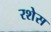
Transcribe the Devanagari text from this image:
रशेस